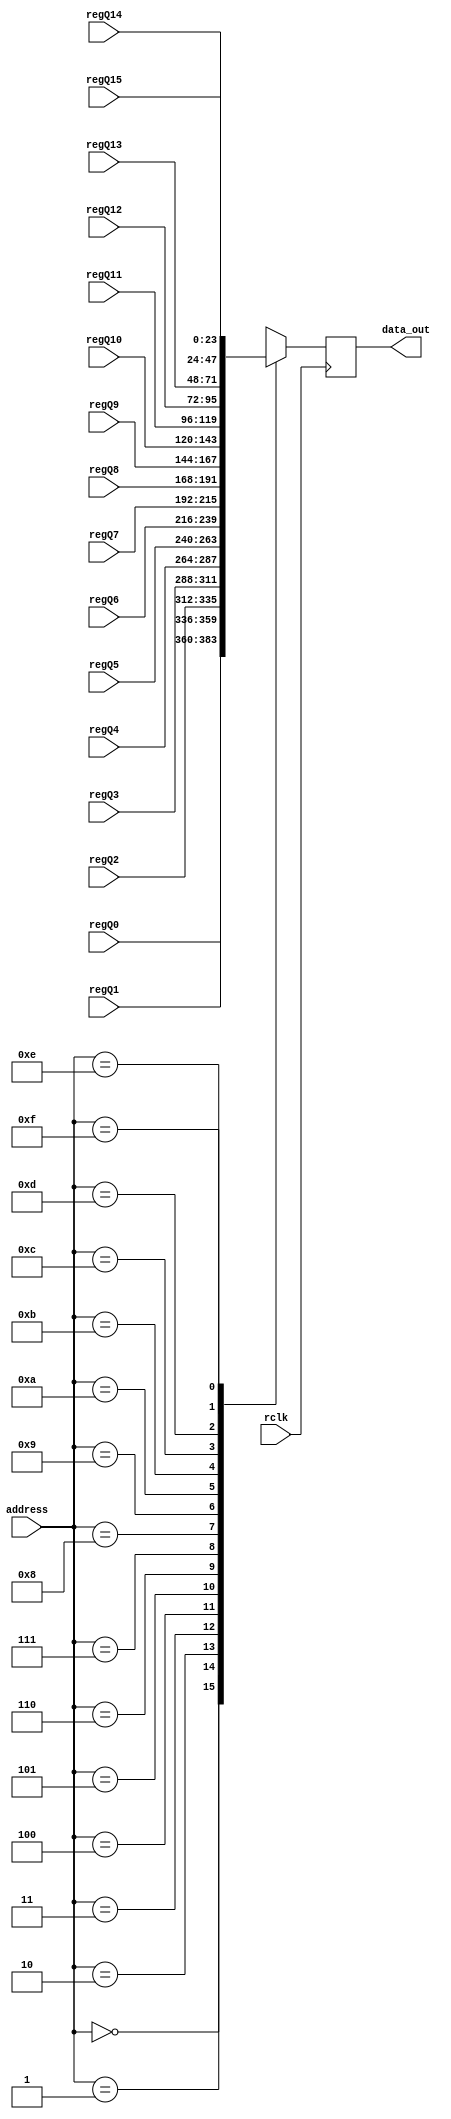
`timescale 1ns / 1ps
module Muestreo(
	input wire rclk,
	input wire[3:0] address,
	input wire[23:0] regQ0, regQ1, regQ2, regQ3, regQ4,
		regQ5, regQ6, regQ7, regQ8, regQ9, regQ10,
		regQ11, regQ12, regQ13, regQ14, regQ15,
	output reg[23:0] data_out);
	
	always @(posedge rclk) begin
		case (address[3:0])
			4'b0000: data_out = regQ0;
			4'b0001: data_out = regQ1;
			4'b0010: data_out = regQ2;
			4'b0011: data_out = regQ3;
			4'b0100: data_out = regQ4;
			4'b0101: data_out = regQ5;
			4'b0110: data_out = regQ6;
			4'b0111: data_out = regQ7;
			4'b1000: data_out = regQ8;
			4'b1001: data_out = regQ9;
			4'b1010: data_out = regQ10;
			4'b1011: data_out = regQ11;
			4'b1100: data_out = regQ12;
			4'b1101: data_out = regQ13;
			4'b1110: data_out = regQ14;
			4'b1111: data_out = regQ15;
		endcase
	end
endmodule